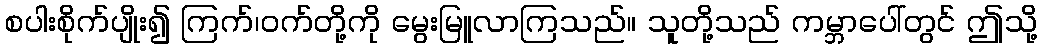
စပါးစိုက်ပျိုး၍ ကြက်၊ဝက်တို့ကို မွေးမြူလာကြသည်။ သူတို့သည် ကမ္ဘာပေါ်တွင် ဤသို့